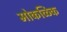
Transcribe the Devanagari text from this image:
मोकळिक